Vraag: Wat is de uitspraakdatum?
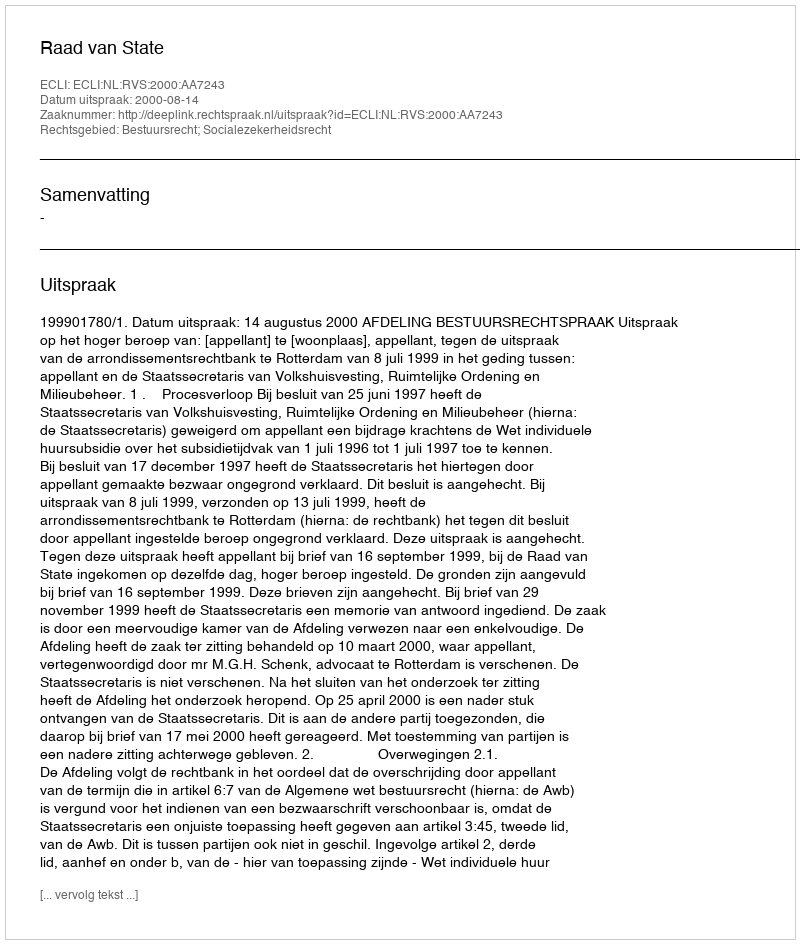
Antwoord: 2000-08-14